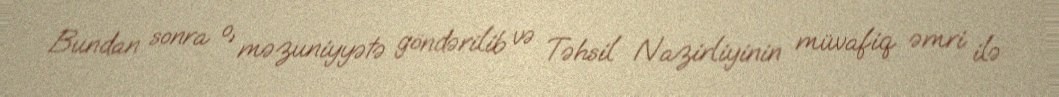
Bundan sonra o, məzuniyyətə göndərilib və Təhsil Nazirliyinin müvafiq əmri ilə